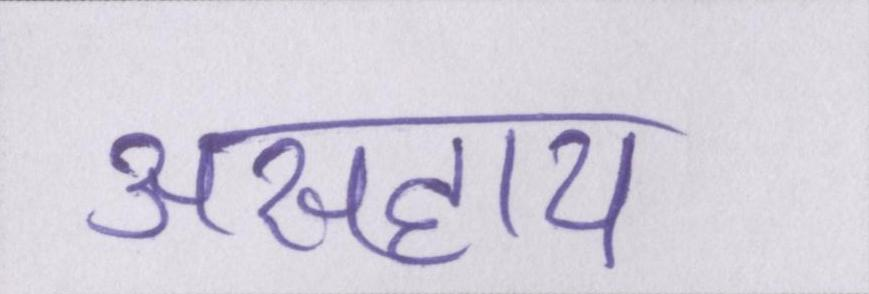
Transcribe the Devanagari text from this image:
असहाय